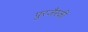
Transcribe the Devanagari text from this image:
पुरजैस्की